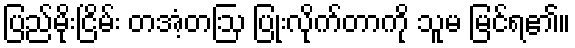
ပြည်မိုးငြိမ်း တအံ့တဩ ပြုံးလိုက်တာကို သူမ မြင်ရ၏။